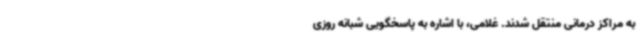
به مراکز درمانی منتقل شدند. غلامی، با اشاره به پاسخگویی شبانه روزی